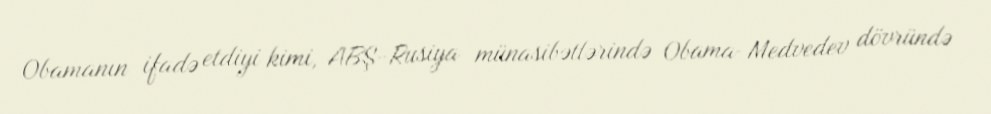
Obamanın ifadə etdiyi kimi, ABŞ-Rusiya münasibətlərində Obama-Medvedev dövründə